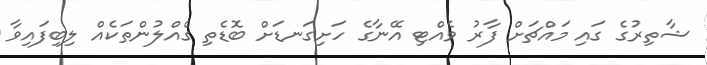
ޝާތިރުގެ ގައި މައްޗަށް ފާރު ވެއްޓި އޭނާގެ ހަށިގަނޑަށް ބޮޑެތި ގެއްލުންތަކެއް ލިބިފައިވާ